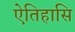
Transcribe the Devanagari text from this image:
ऐतिहासि